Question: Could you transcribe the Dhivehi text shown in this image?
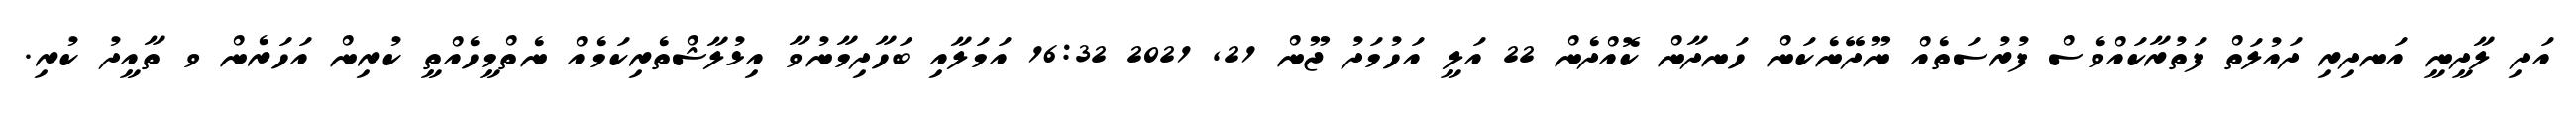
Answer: އަދި ލާދީނީ އަނދިރި ދައުލަތް ފަތުރާކައްވެސް ފުރުސަތެއް ނޫދޭނެކަން ހަނދާން ކޮއްދެން 22 އަލީ އަހުމަދު ޖޫން 21, 2021 16:32 އަމަލާއި ބަހާދިމާނުވާ އިޅުލާޝްތެރިކަމެއް ނެތްމީހެއްތީ ކުރިން އަހަރެން ވ ތާއީދު ކުރި.